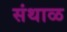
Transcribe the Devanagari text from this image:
संथाळ